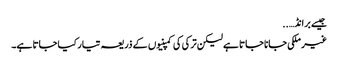
جیسے برانڈ… ..
غیر ملکی جانا جاتا ہے لیکن ترکی کی کمپنیوں کے ذریعہ تیار کیا جاتا ہے۔